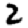
Digit: 2